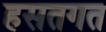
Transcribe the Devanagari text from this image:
हसतगत